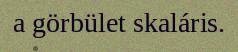
a görbület skaláris.